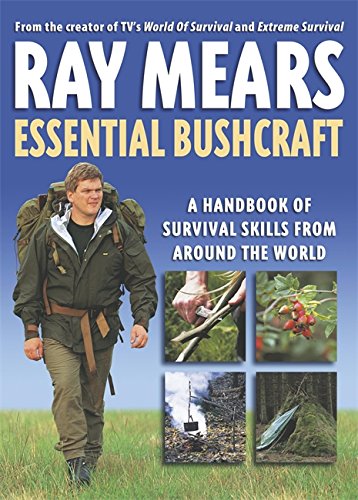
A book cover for Essential Bushcraft; Ray Mears; Health, Fitness & Dieting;